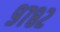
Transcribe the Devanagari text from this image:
९७८२